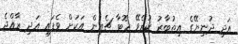
އަދި ދުނިޔޭގެ އިތުބާރު ކުރެވޭ ހޮޓާ ޗެއިން އަކަށް ވެފައި އަދި ރާއްޖެ